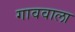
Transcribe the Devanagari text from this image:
गाववाला